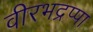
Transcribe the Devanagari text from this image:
वीरभद्रप्पा